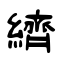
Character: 纃